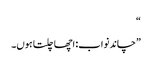
“
”چاند نواب: اچھا چلتا ہوں۔